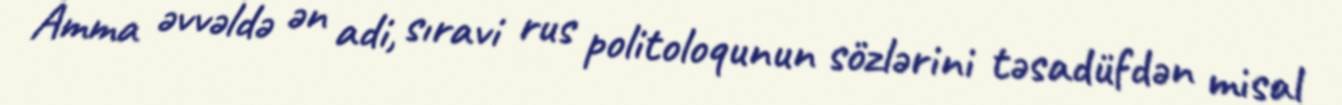
Amma əvvəldə ən adi, sıravi rus politoloqunun sözlərini təsadüfdən misal